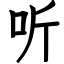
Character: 听